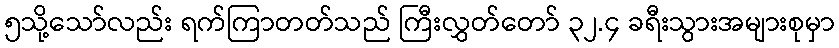
၅သို့သော်လည်း ရက်ကြာတတ်သည် ကြီးလွှတ်တော် ၃၂.၄ ခရီးသွားအများစုမှာ